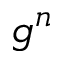
g ^ { n }